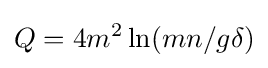
Q=4m^{2}\ln(mn/g\delta )